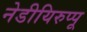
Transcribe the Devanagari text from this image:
नेडीयिरुप्पू